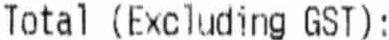
TOTAL (EXCLUDING GST):